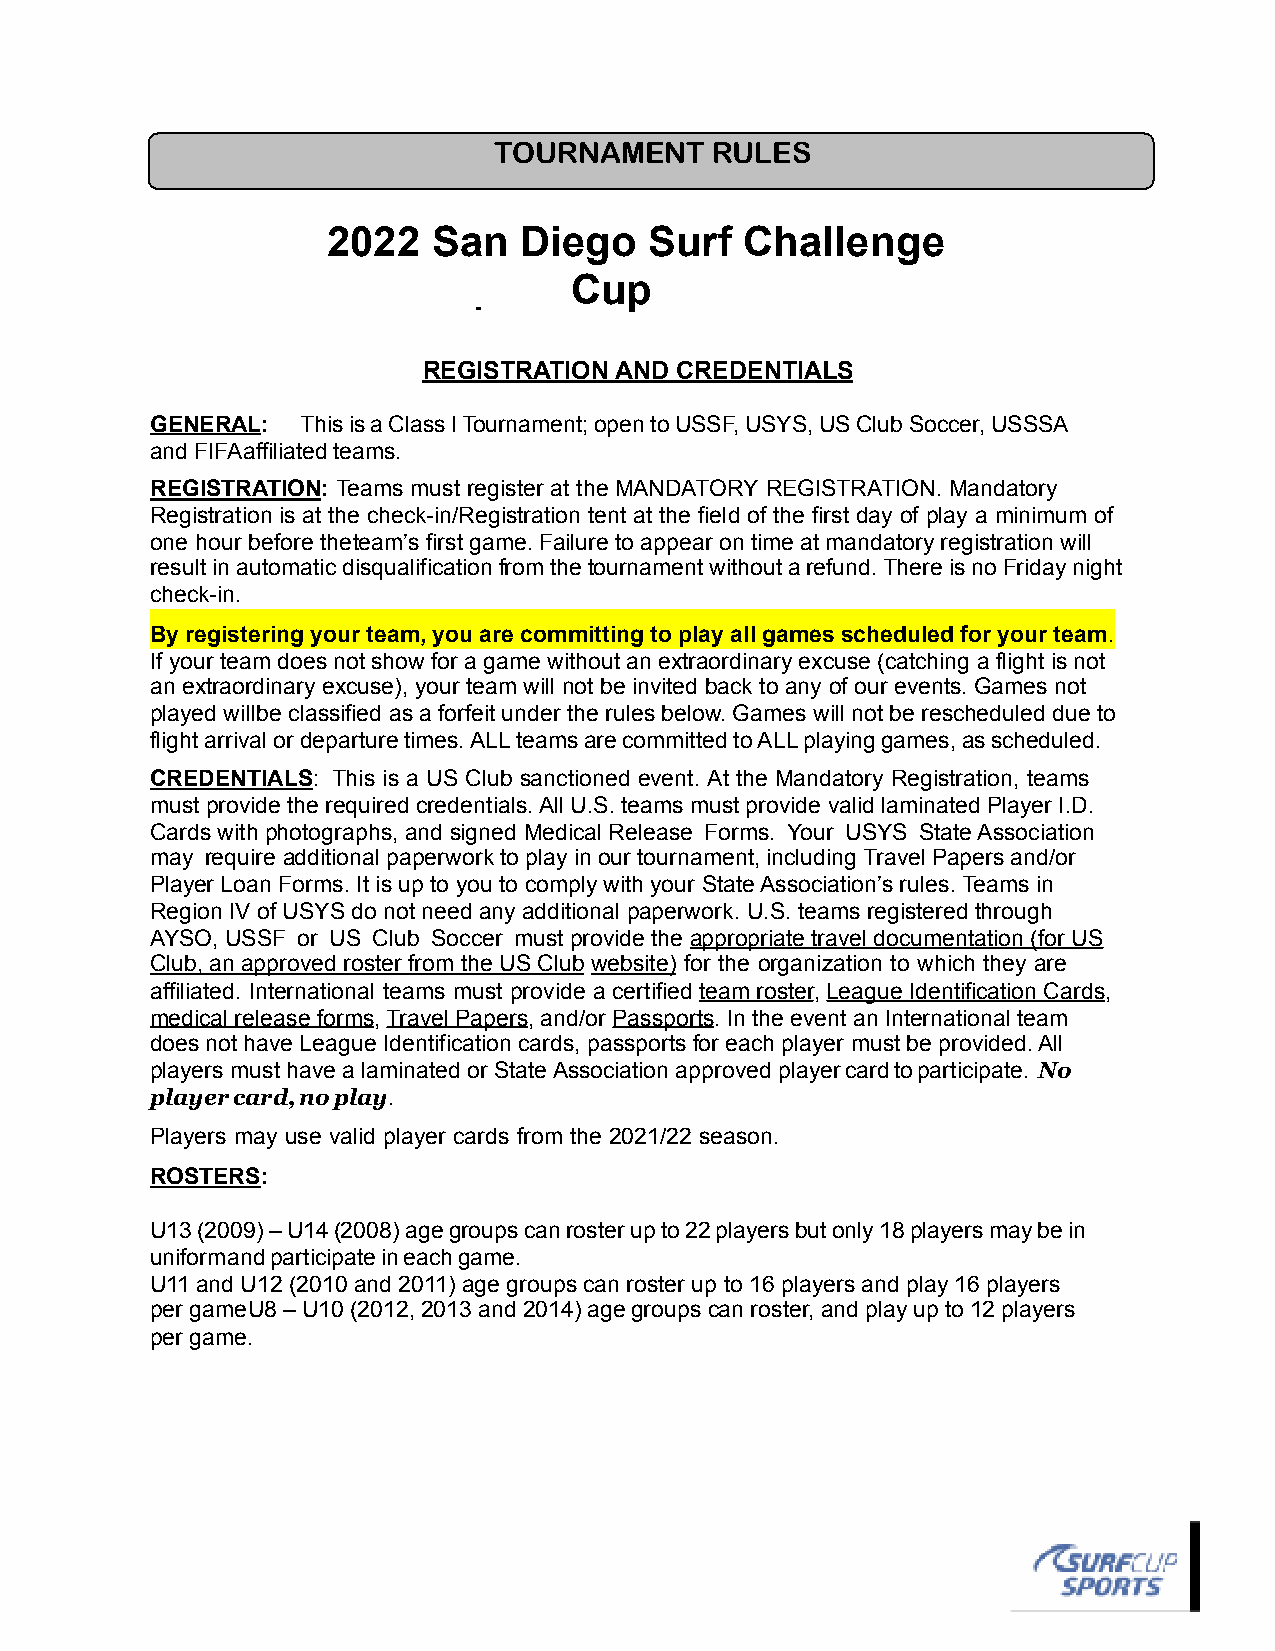
TOURNAMENT    RULES
 !
 2022   San  Diego    Surf  Challenge
 Cup
 REGISTRATION AND CREDENTIALS
 GENERAL:  This is a Class I Tournament; open to USSF, USYS, US Club Soccer, USSSA
 and FIFA affiliated teams.
 REGISTRATION: Teams must register at the MANDATORY REGISTRATION. Mandatory
 Registration is at the check-in/Registration tent at the field of the first day of play a minimum of
 one hour before the team’s first game. Failure to appear on time at mandatory registration will
 result in automatic disqualification from the tournament without a refund. There is no Friday night
 check-in.
 By registering your team, you are committing to play all games scheduled for your team.
 If your team does not show for a game without an extraordinary excuse (catching a flight is not
 an extraordinary excuse), your team will not be invited back to any of our events. Games not
 played will be classified as a forfeit under the rules below. Games will not be rescheduled due to
 flight arrival or departure times. ALL teams are committed to ALL playing games, as scheduled.
 CREDENTIALS: This is a US Club sanctioned event. At the Mandatory Registration, teams
 must provide the required credentials. All U.S. teams must provide valid laminated Player I.D.
 Cards with photographs, and signed Medical Release Forms. Your USYS State Association
 may require additional paperwork to play in our tournament, including Travel Papers and/or
 Player Loan Forms. It is up to you to comply with your State Association’s rules. Teams in
 Region IV of USYS do not need any additional paperwork. U.S. teams registered through
 AYSO, USSF or US Club Soccer must provide the appropriate travel documentation (for US
 Club, an approved roster from the US Club website) for the organization to which they are
 affiliated. International teams must provide a certified team roster, League Identification Cards,
 medical release forms, Travel Papers, and/or Passports. In the event an International team
 does not have League Identification cards, passports for each player must be provided. All
 players must have a laminated or State Association approved player card to participate. No
 player card, no play.
 Players may use valid player cards from the 2021/22 season.
 ROSTERS:
 U13 (2009) – U14 (2008) age groups can roster up to 22 players but only 18 players may be in
 uniform and participate in each game.
 U11 and U12 (2010 and 2011) age groups can roster up to 16 players and play 16 players
 per game U8 – U10 (2012, 2013 and 2014) age groups can roster, and play up to 12 players
 per game.